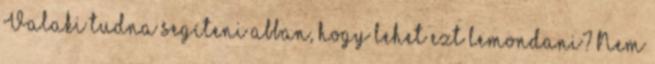
Valaki tudna segíteni abban, hogy lehet ezt lemondani? Nem